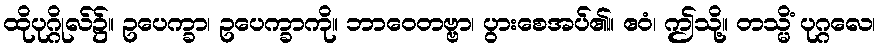
ထိုပုဂ္ဂိုလ်၌။ ဥပေက္ခာ၊ ဥပေက္ခာကို။ ဘာဝေတဗ္ဗာ၊ ပွားစေအပ်၏။ ဧဝံ၊ ဤသို့။ တသ္မိံ ပုဂ္ဂလေ၊